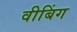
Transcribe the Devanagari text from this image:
वीबिंग